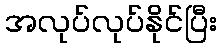
အလုပ်လုပ်နိုင်ပြီး